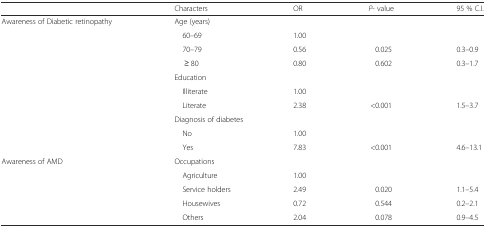
|  | Characters | OR | P- value | 95 % C.I. |
 | --- | --- | --- | --- | --- |
 | <ROWSPAN=10> Awareness of Diabetic retinopathy | <COLSPAN=4> Age (years) |
 | 60–69 | 1.00 |  |  |
 | 70–79 | 0.56 | 0.025 | 0.3–0.9 |
 | ≥ 80 | 0.80 | 0.602 | 0.3–1.7 |
 | <COLSPAN=4> Education |
 | Illiterate | 1.00 |  |  |
 | Literate | 2.38 | <0.001 | 1.5–3.7 |
 | <COLSPAN=4> Diagnosis of diabetes |
 | No | 1.00 |  |  |
 | Yes | 7.83 | <0.001 | 4.6–13.1 |
 | <ROWSPAN=5> Awareness of AMD | <COLSPAN=4> Occupations |
 | Agriculture | 1.00 |  |  |
 | Service holders | 2.49 | 0.020 | 1.1–5.4 |
 | Housewives | 0.72 | 0.544 | 0.2–2.1 |
 | Others | 2.04 | 0.078 | 0.9–4.5 |